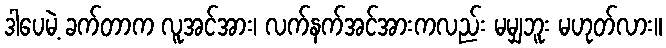
ဒါပေမဲ့ ခက်တာက လူအင်အား၊ လက်နက်အင်အားကလည်း မမျှဘူး မဟုတ်လား။